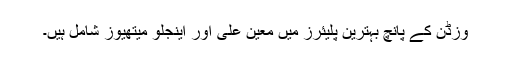
وزڈن کے پانچ بہترین پلیئرز میں معین علی اور اینجلو میتھیوز شامل ہیں۔